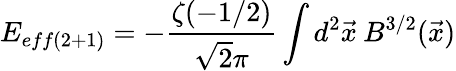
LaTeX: E_{eff(2+1)}=-\frac{\zeta(-1/2)}{\sqrt{2}\pi}\int d^{2}\vec{x}\: B^{3/2}(\vec{x})